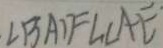
\angle B A D = \angle C A E